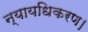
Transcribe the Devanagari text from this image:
न्यायधिकरण।